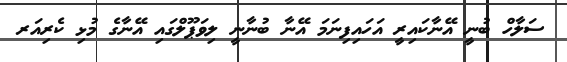
ސަލާހް ބުނީ އޭނާކައިރީ އަހައިފިނަމަ އޭނާ ބުނާނީ ލިވަޕޫލްގައި އޭނާގެ މުޅި ކެރިއަރ